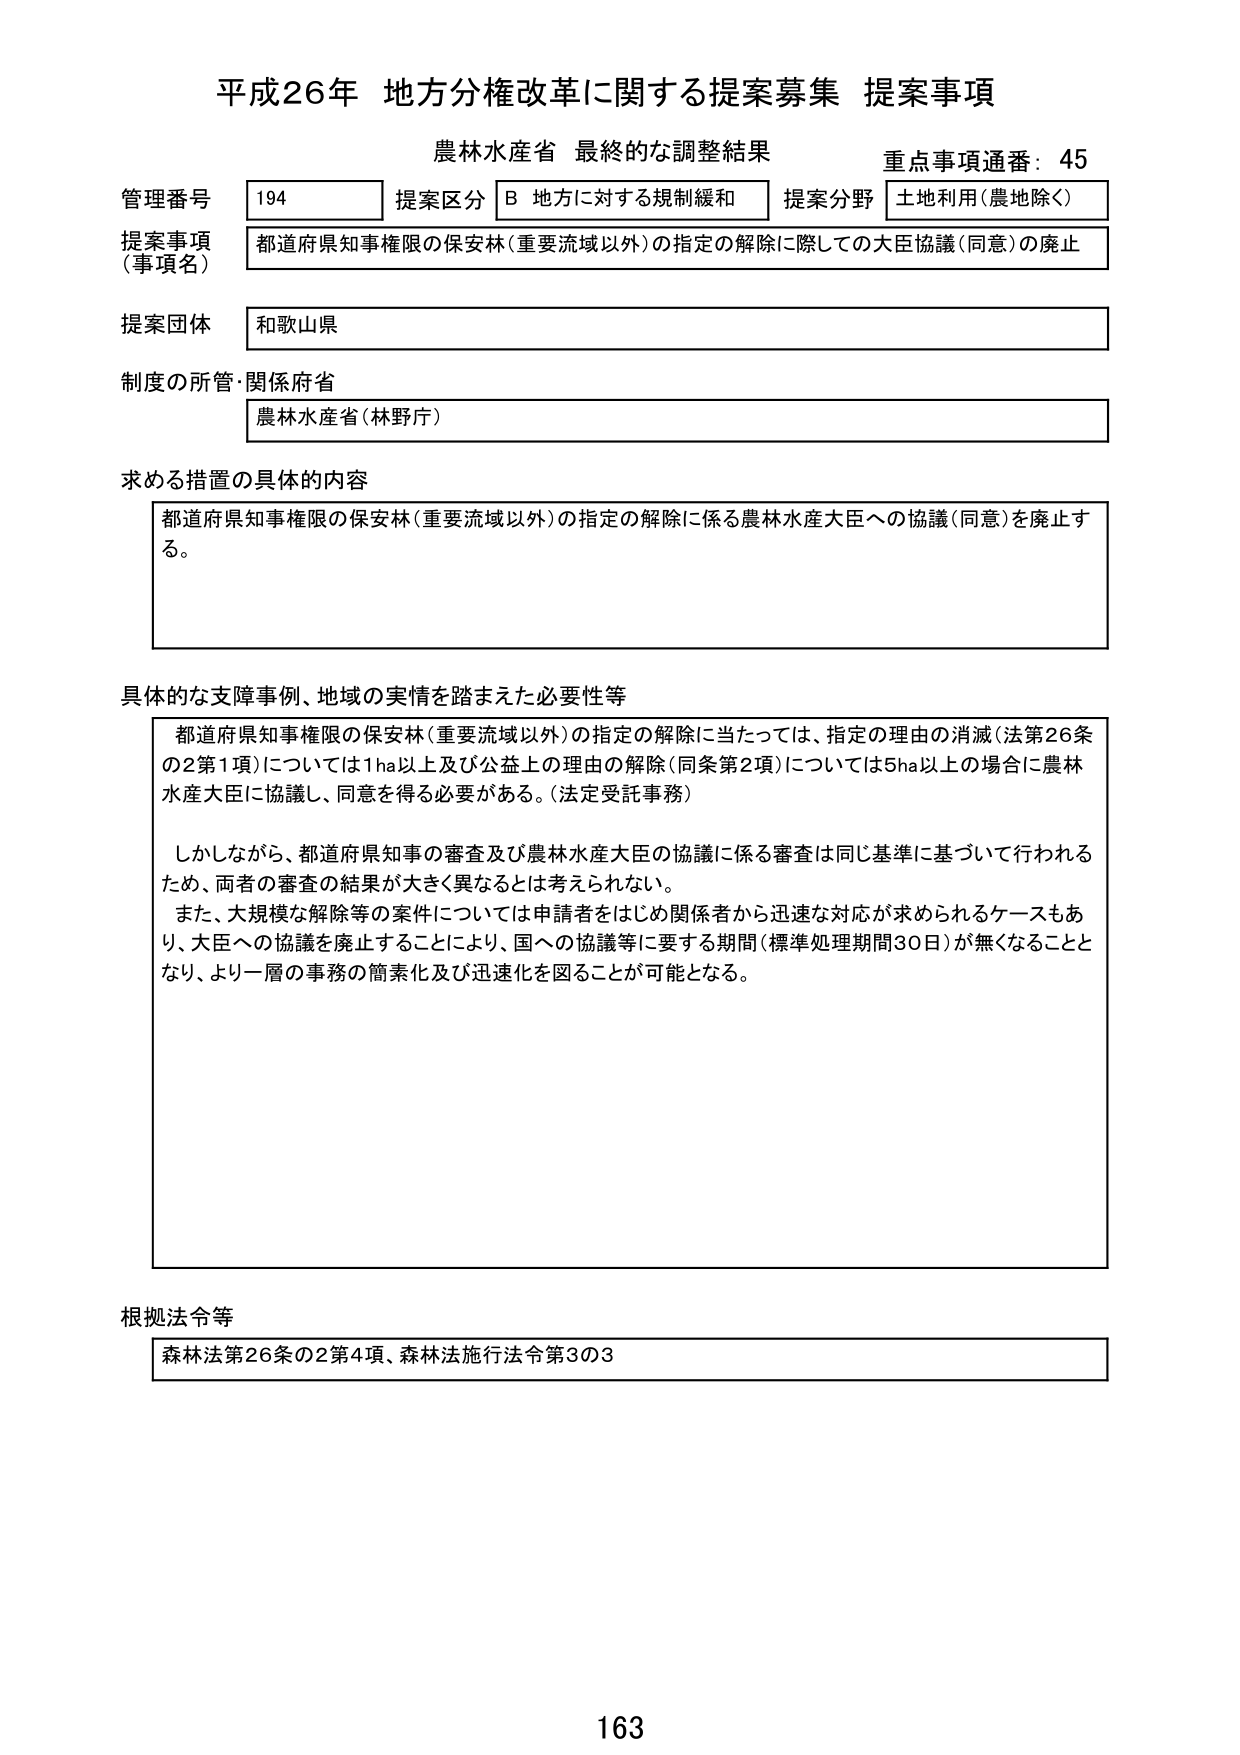
平成26年 地方分権改革に関する提案募集 提案事項
農林水産省 最終的な調整結果
重点事項通番：45

管理番号 194 提案区分 B 地方に対する規制緩和 提案分野 土地利用（農地除く）
提案事項（事項名） 都道府県知事権限の保安林（重要流域以外）の指定の解除に際しての大臣協議（同意）の廃止

提案団体 和歌山県

制度の所管・関係府省 農林水産省（林野庁）

求める措置の具体的内容
都道府県知事権限の保安林（重要流域以外）の指定の解除に係る農林水産大臣への協議（同意）を廃止する。

具体的な支障事例、地域の実情を踏まえた必要性等
都道府県知事権限の保安林（重要流域以外）の指定の解除に当たっては、指定の理由の消滅（法第26条の2第1項）については1ha以上及び公益上の理由の解除（同条第2項）については5ha以上の場合に農林水産大臣に協議し、同意を得る必要がある。（法定受託事務）
しかしながら、都道府県知事の審査及び農林水産大臣の協議に係る審査は同じ基準に基づいて行われるため、両者の審査の結果が大きく異なるとは考えられない。
また、大規模な解除等の案件については申請者をはじめ関係者から迅速な対応が求められるケースもあり、大臣への協議を廃止することにより、国への協議等に要する期間（標準処理期間30日）が無くなることとなり、より一層の事務の簡素化及び迅速化を図ることが可能となる。

根拠法令等
森林法第26条の2第4項、森林法施行法令第3の3

163